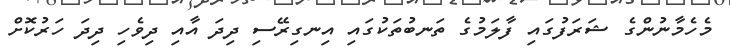
މެހެމާނުންގެ ޝަރަފުގައި ފާލަމުގެ ތަނބުތަކުގައި އިނގިރޭސި ދިދަ އާއި ދިވެހި ދިދަ ހަރުކޮށް